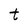
Character: t